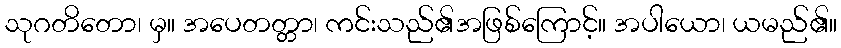
သုဂတိတော၊ မှ။ အပေတတ္တာ၊ ကင်းသည်၏အဖြစ်ကြောင့်။ အပါယော၊ ယမည်၏။